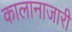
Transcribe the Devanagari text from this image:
कालानाजारी